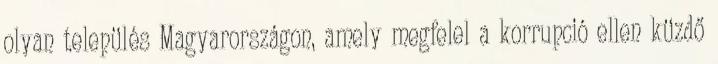
olyan település Magyarországon, amely megfelel a korrupció ellen küzdő